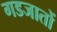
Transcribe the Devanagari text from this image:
गडजातों